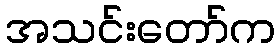
အသင်းတော်က